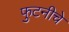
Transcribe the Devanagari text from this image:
फुटनीचे